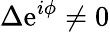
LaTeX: \Delta\mathrm{e}^{i\phi}\neq 0